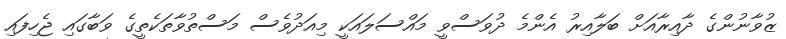
ޒުވާނުންގެ ދާއިރާއަށް ބަލާއިރު އެންމެ ދުވަސްވީ މައްސަލައަކީ މިއަދުވެސް މަސްތުވާތަކެތީގެ ވަބާގައި ޖެހިފައި